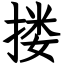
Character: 搂